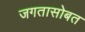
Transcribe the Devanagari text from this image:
जगतासोबत